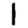
Digit: 1